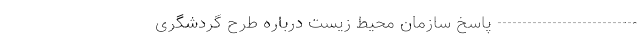
---------------------------- پاسخ سازمان محیط زیست درباره طرح گردشگری